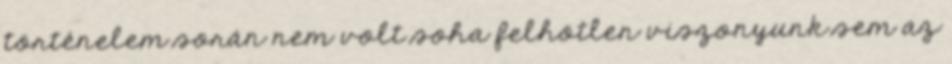
történelem során nem volt soha felhötlen viszonyunk sem az